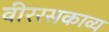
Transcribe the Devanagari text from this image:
वीररसकाव्य